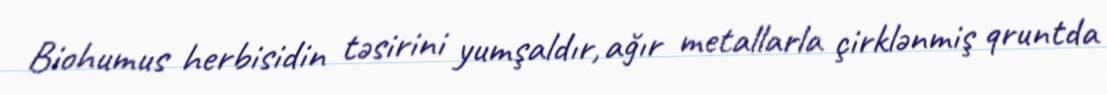
Biohumus herbisidin təsirini yumşaldır, ağır metallarla çirklənmiş qruntda